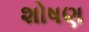
શોષણ